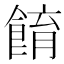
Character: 𩛭